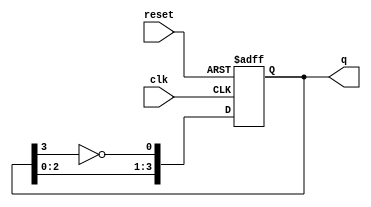
module johnson_counter (
    input wire clk,       // Clock signal
    input wire reset,     // Asynchronous reset signal
    output reg [3:0] q    // 4-bit output representing the state of the counter
);

// State transition logic
always @(posedge clk or posedge reset) begin
    if (reset) begin
        // Reset the counter to 0000
        q <= 4'b0000;
    end else begin
        // Johnson counter state transitions
        q[0] <= ~q[3]; // D0 = NOT(Q3)
        q[1] <= q[0];  // D1 = Q0
        q[2] <= q[1];  // D2 = Q1
        q[3] <= q[2];  // D3 = Q2
    end
end

endmodule